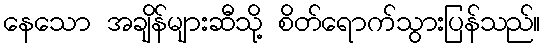
နေသော အချိန်များဆီသို့ စိတ်ရောက်သွားပြန်သည်။